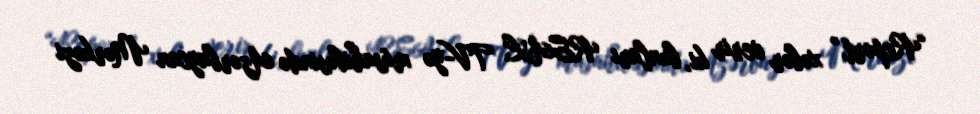
“Report” xəbər verir ki, bunları REAL TV-yə müsahibəsində Azərbaycan Mərkəzi